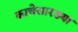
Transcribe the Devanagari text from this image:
काचेसारख्या